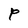
Character: P